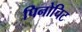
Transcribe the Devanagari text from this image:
पिनोचिट